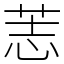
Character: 䓌